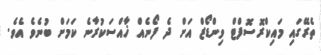
ތެރޭގައި މައިކްރޮސޮފްޓް ވިންޑޯޒް އަށް ދެ ފޯނެއް ޚާއްސަކުރާނެ ކަމަށް ބުނެވެ އެވެ.